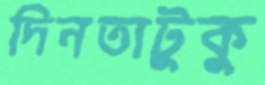
দিনতাটুকু